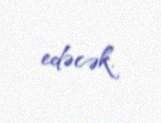
edəcək.